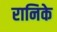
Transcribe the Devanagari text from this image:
रानिके